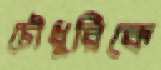
চৌধুরিকে